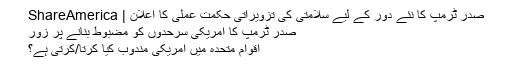
صدر ٹرمپ کا نئے دور کے لیے سلامتی کی تزویراتی حکمت عملی کا اعلان | ShareAmerica
صدر ٹرمپ کا امریکی سرحدوں کو مضبوط بنانے پر زور
اقوام متحدہ میں امریکی مندوب کیا کرتا/کرتی ہے؟